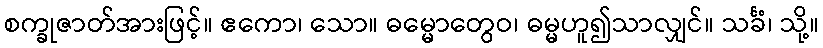
စက္ခုဇာတ်အားဖြင့်။ ဧကော၊ သော။ ဓမ္မောတွေဝ၊ ဓမ္မဟူ၍သာလျှင်။ သင်္ခံ၊ သို့။